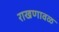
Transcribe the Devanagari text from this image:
राखणावळ